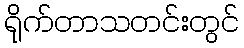
ရိုက်တာသတင်းတွင်